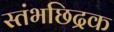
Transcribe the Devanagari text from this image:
स्तंभछिद्रक